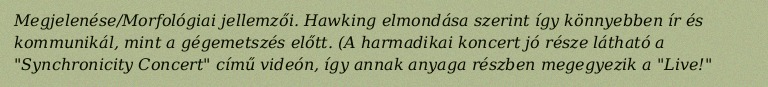
Megjelenése/Morfológiai jellemzői. Hawking elmondása szerint így könnyebben ír és kommunikál, mint a gégemetszés előtt. (A harmadikai koncert jó része látható a "Synchronicity Concert" című videón, így annak anyaga részben megegyezik a "Live!"